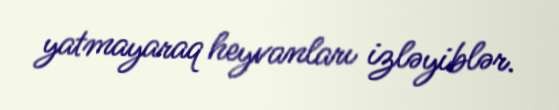
yatmayaraq heyvanları izləyiblər.